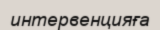
интервенцияға